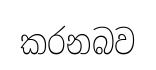
කරනබව